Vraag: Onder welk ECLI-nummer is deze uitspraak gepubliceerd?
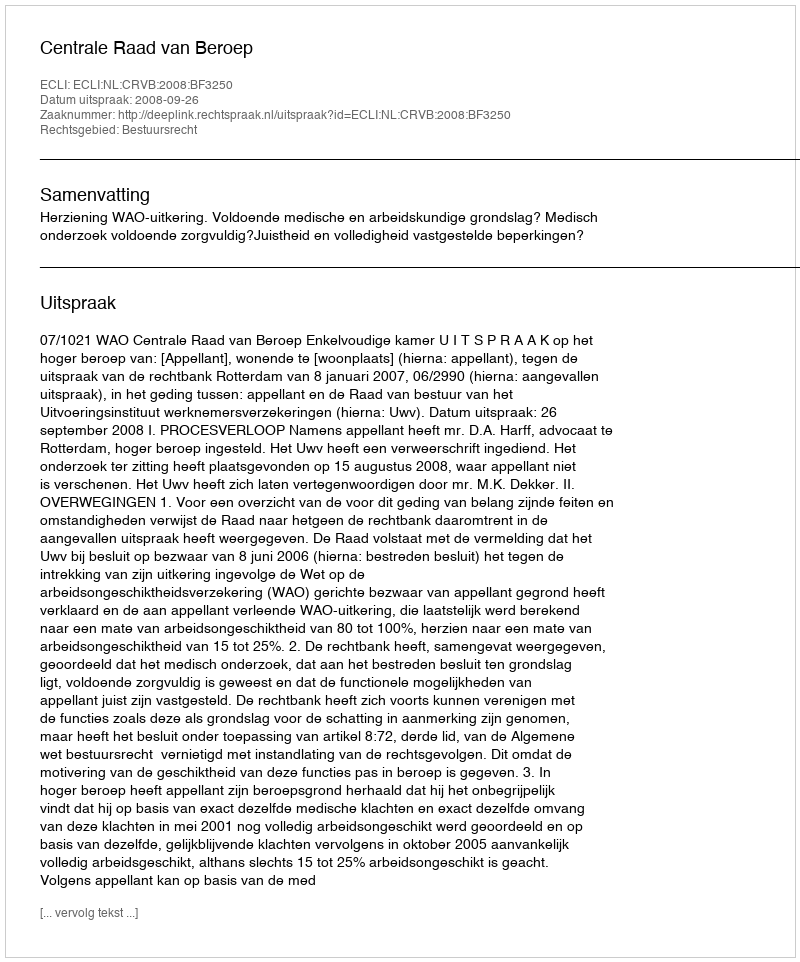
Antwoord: ECLI:NL:CRVB:2008:BF3250